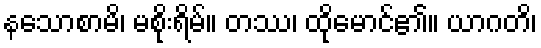
နသောစာမိ၊ မစိုးရိမ်။ တဿ၊ ထိုမောင်၏။ ယာဂတိ၊